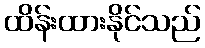
ထိန်းထားနိုင်သည်